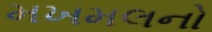
મખમલનો